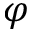
\varphi